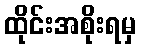
ထိုင်းအစိုးရမှ